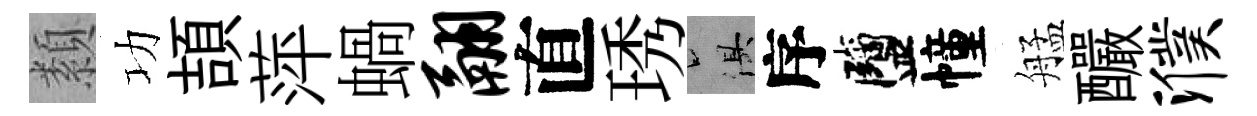
纇功頡萍蝸翮直琇俱序鹽幢艋釅濮